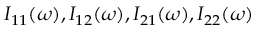
I _ { 1 1 } ( \omega ) , I _ { 1 2 } ( \omega ) , I _ { 2 1 } ( \omega ) , I _ { 2 2 } ( \omega )